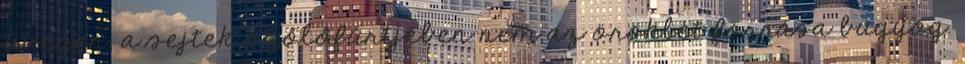
üvegen, a sejtek szőlőfürtjében nem az öröklét forrása bugyog.